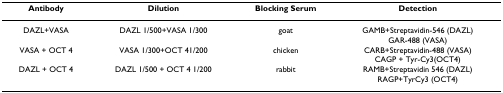
| Antibody | Dilution | Blocking Serum | Detection |
 | --- | --- | --- | --- |
 | DAZL+VASA | DAZL 1/500+VASA 1/300 | goat | GAMB+Streptavidin-546 (DAZL)GAR-488 (VASA) |
 | VASA + OCT 4 | VASA 1/300+OCT 41/200 | chicken | CARB+Streptavidin-488 (VASA)CAGP + Tyr-Cy3(OCT4) |
 | DAZL + OCT 4 | DAZL 1/500 + OCT 4 1/200 | rabbit | RAMB+Streptavidin 546 (DAZL)RAGP+TyrCy3 (OCT4) |